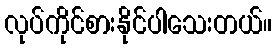
လုပ်ကိုင်စားနိုင်ပါသေးတယ်။